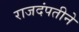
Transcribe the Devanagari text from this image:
राजदंपतीने